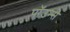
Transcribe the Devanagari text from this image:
पाॅउन्से